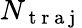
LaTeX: N_{\mathrm{~t~r~a~j~}}